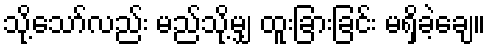
သို့သော်လည်း မည်သို့မျှ ထူးခြားခြင်း မရှိခဲ့ချေ။